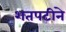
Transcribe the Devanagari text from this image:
शतपटीने